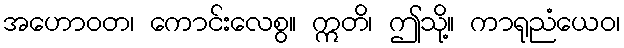
အဟောဝတ၊ ကောင်းလေစွ။ ဣတိ၊ ဤသို့။ ကာရုညံယေဝ၊